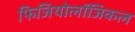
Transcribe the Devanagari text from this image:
फिजियोलॉजिकल